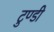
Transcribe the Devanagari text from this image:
टुण्डी